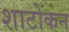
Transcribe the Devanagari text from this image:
शाटोकन